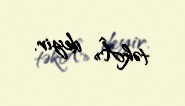
təkÂ» deyir.